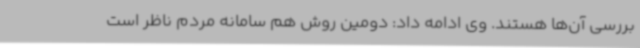
بررسی آن‌ها هستند. وی ادامه داد: دومین روش هم سامانه مردم ناظر است